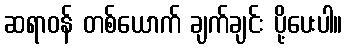
ဆရာဝန် တစ်ယောက် ချက်ချင်း ပို့ပေးပါ။